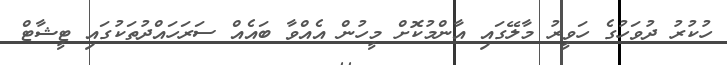
ހުކުރު ދުވަހުގެ ހަވީރު މާލޭގައި އާންމުކޮށް މީހުން އެއްވާ ބައެއް ސަރަހައްދުތަކުގައި ޓީޝާޓް